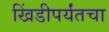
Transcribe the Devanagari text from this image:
खिंडीपर्यंतचा